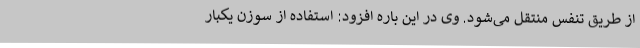
از طریق تنفس منتقل می‌شود. وی در این باره افزود: استفاده از سوزن یکبار